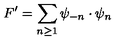
F ^ { \prime } = \sum _ { n \geq 1 } \psi _ { - n } \cdot \psi _ { n }